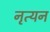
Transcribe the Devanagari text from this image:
नृत्यन